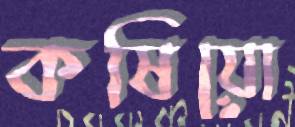
কষিয়ো